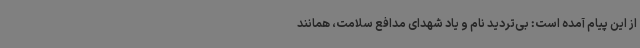
از این پیام آمده است: بی‌تردید نام و یاد شهدای مدافع سلامت، همانند